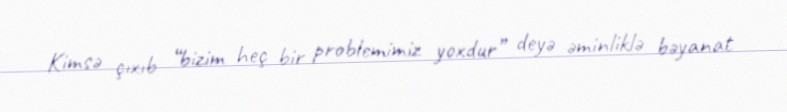
Kimsə çıxıb “bizim heç bir problemimiz yoxdur” deyə əminliklə bəyanat